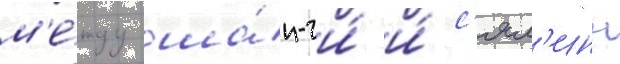
м'е́жду ша́н-чи́ и́ с'ял'инь